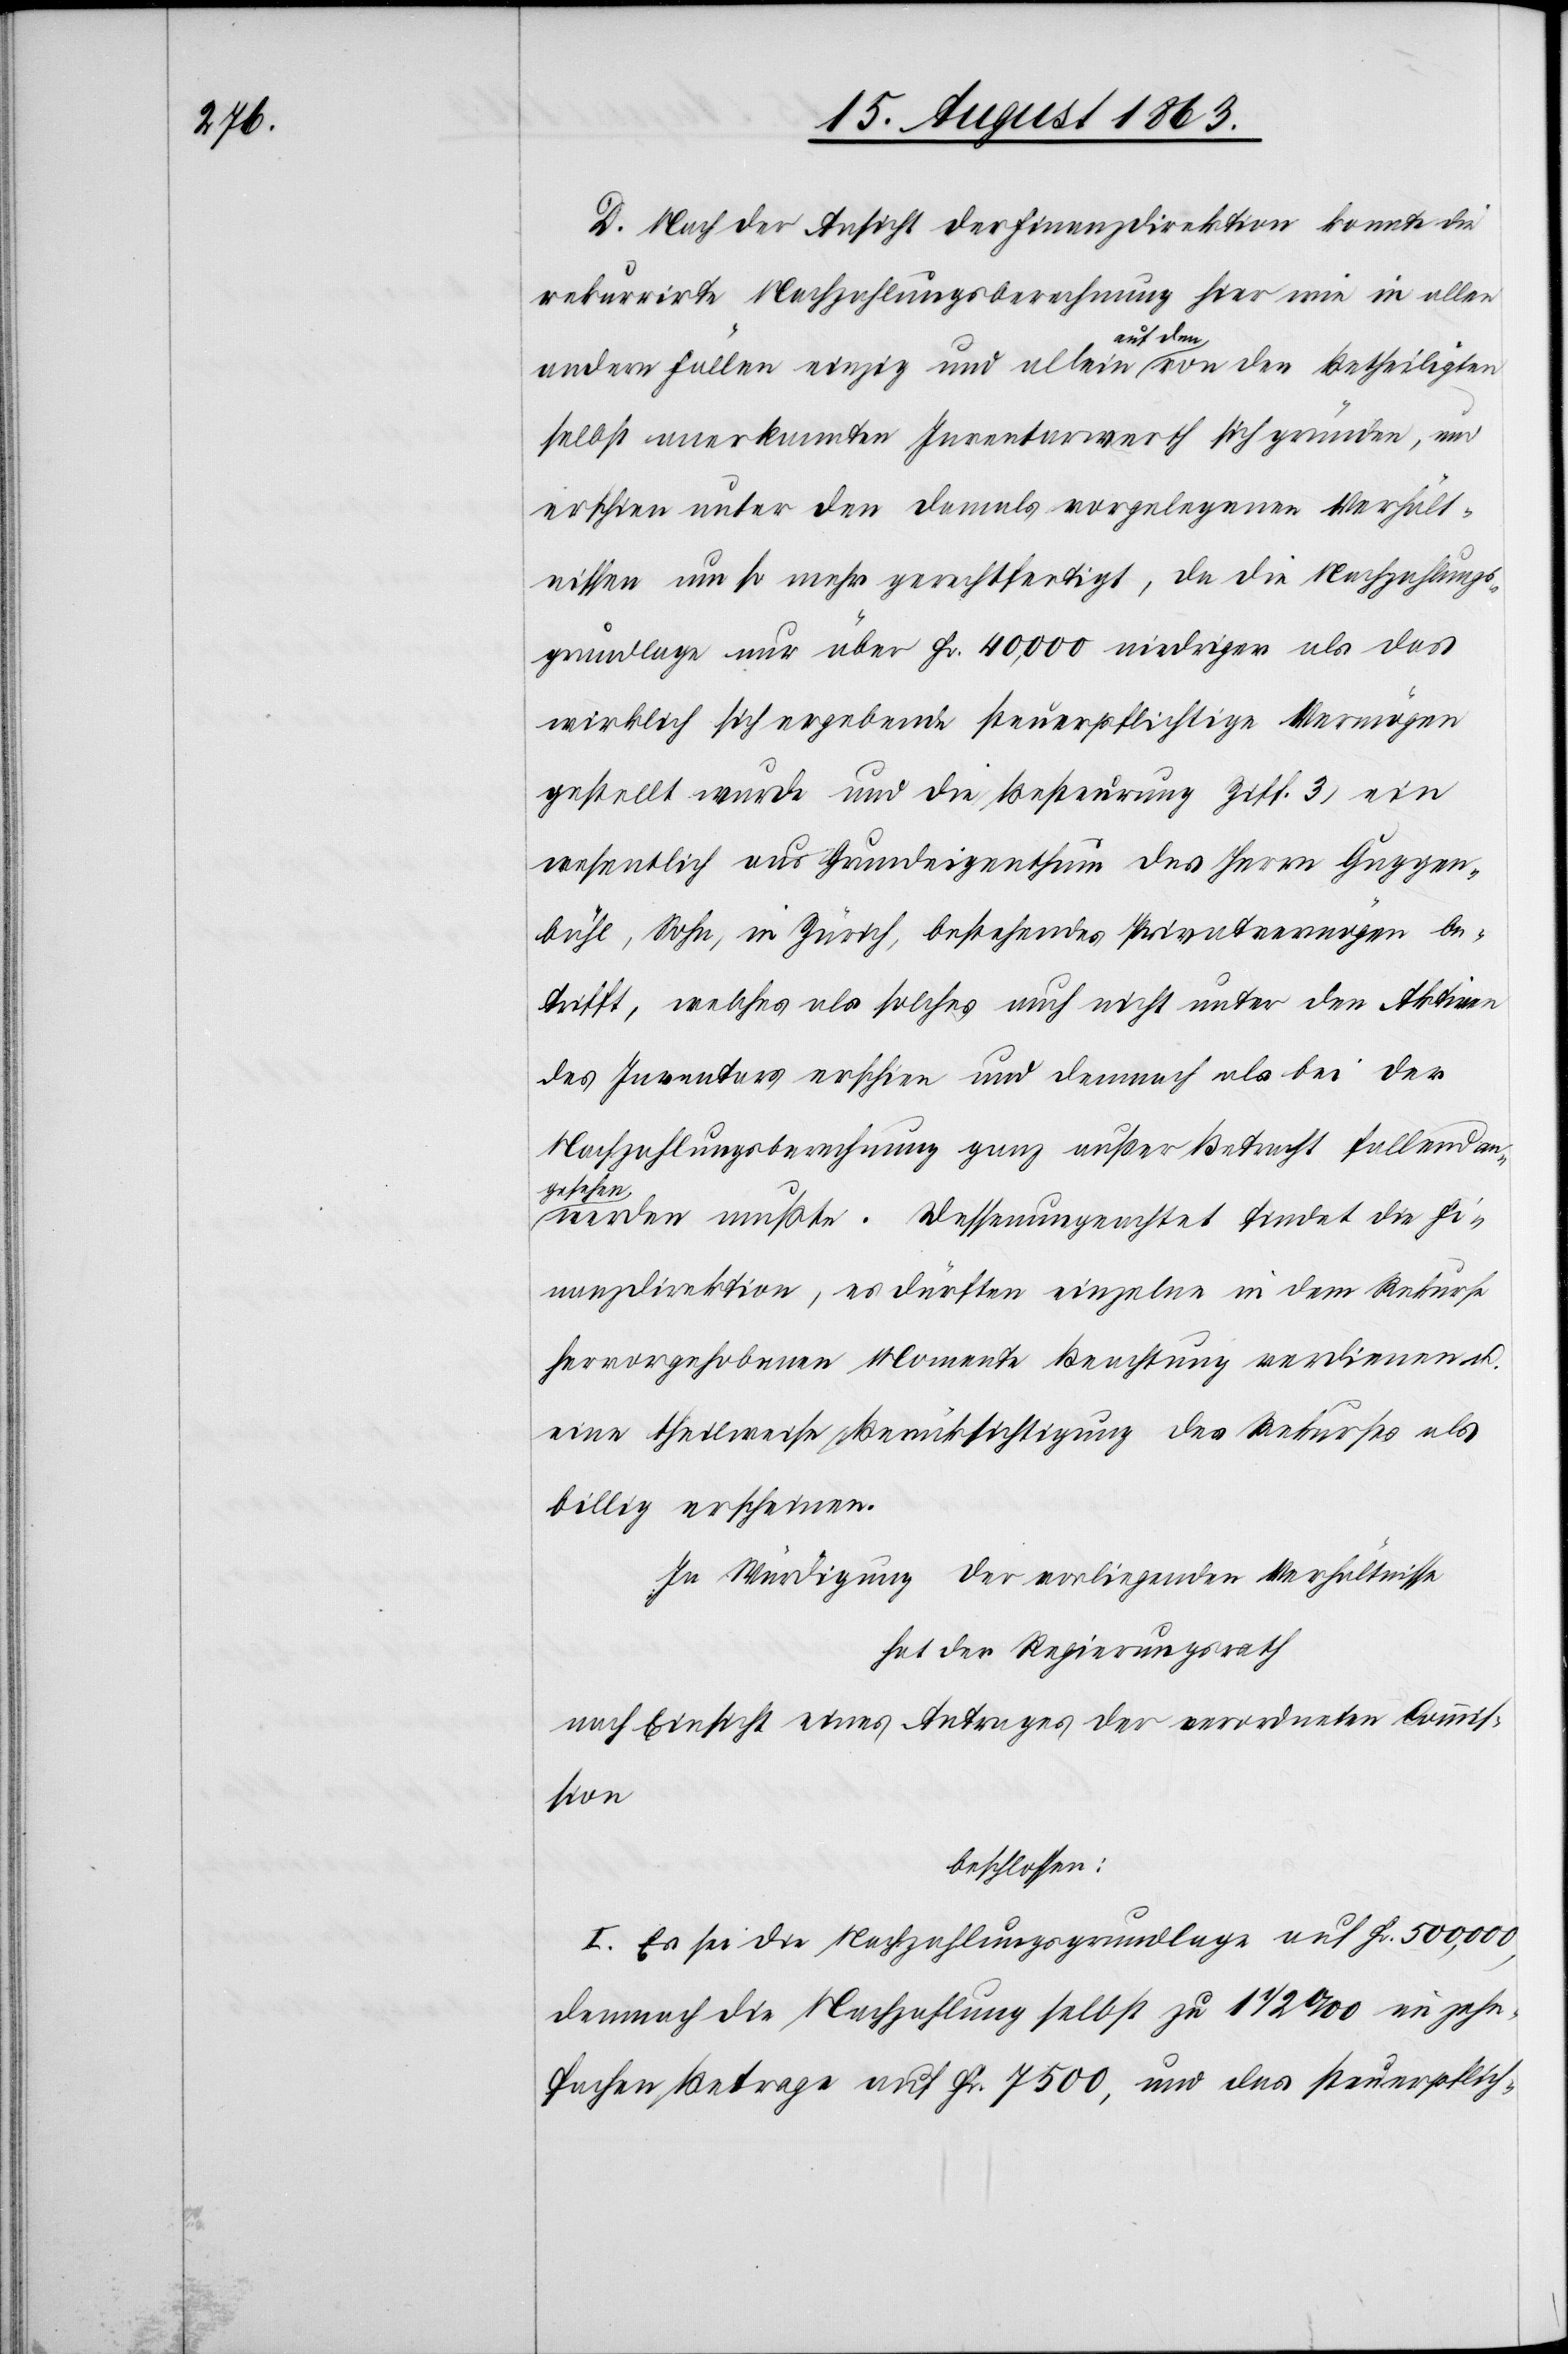
D. Nach der Ansicht der Finanzdirektion konnte die
rekurrirte Nachzahlungsberechnung hier wie in allen
andern Fällen einzig und allein auf den von den Betheiligten
selbst anerkannten Inventarwerth sich gründen, und
erschien unter den damals vorgelegenen Verhält¬
nissen um so mehr gerechtfertigt, da die Nachzahlungs¬
grundlage nur über Fr. 40,000 niedriger als das
wirklich sich ergebende steuerpflichtige Vermögen
gestellt wurde und die Besteurung Ziff. 3) ein
wesentlich aus Grundeigenthum des Herrn Guggen¬
bühl, Sohn, in Zürich, bestehendes Privatvermögen be¬
trifft, welches als solches auch nicht unter den Aktiven
des Inventars erschien und demnach als bei der
Nachzahlungsberechnung ganz außer Betracht fallend an¬
gesehen
werden mußte. Dessenungeachtet findet die Fi¬
nanzdirektion, es dürften einzelne in dem Rekurse
hervorgehobenen Momente Beachtung verdienen u.
eine theilweise Berücksichtigung des Rekurses als
billig erscheinen.
In Würdigung der vorliegenden Verhältnisse
hat der Regierungsrath
nach Einsicht eines Antrages der verordneten Commis¬
sion
beschlossen:
I. Es sei die Nachzahlungsgrundlage auf Fr. 500,000,
demnach die Nachzahlung selbst zu 1 1/2 ‰ im zehn¬
fachen Betrage auf Fr. 7500, und das steuerpflich-